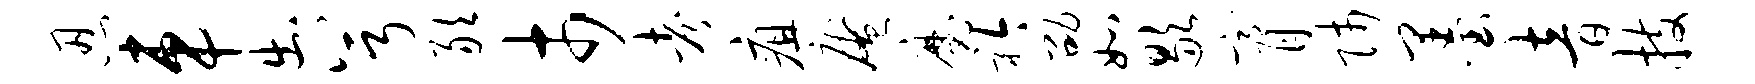
忍车出兮敢市考疽庵魔衿劭如歇膏师墨音技